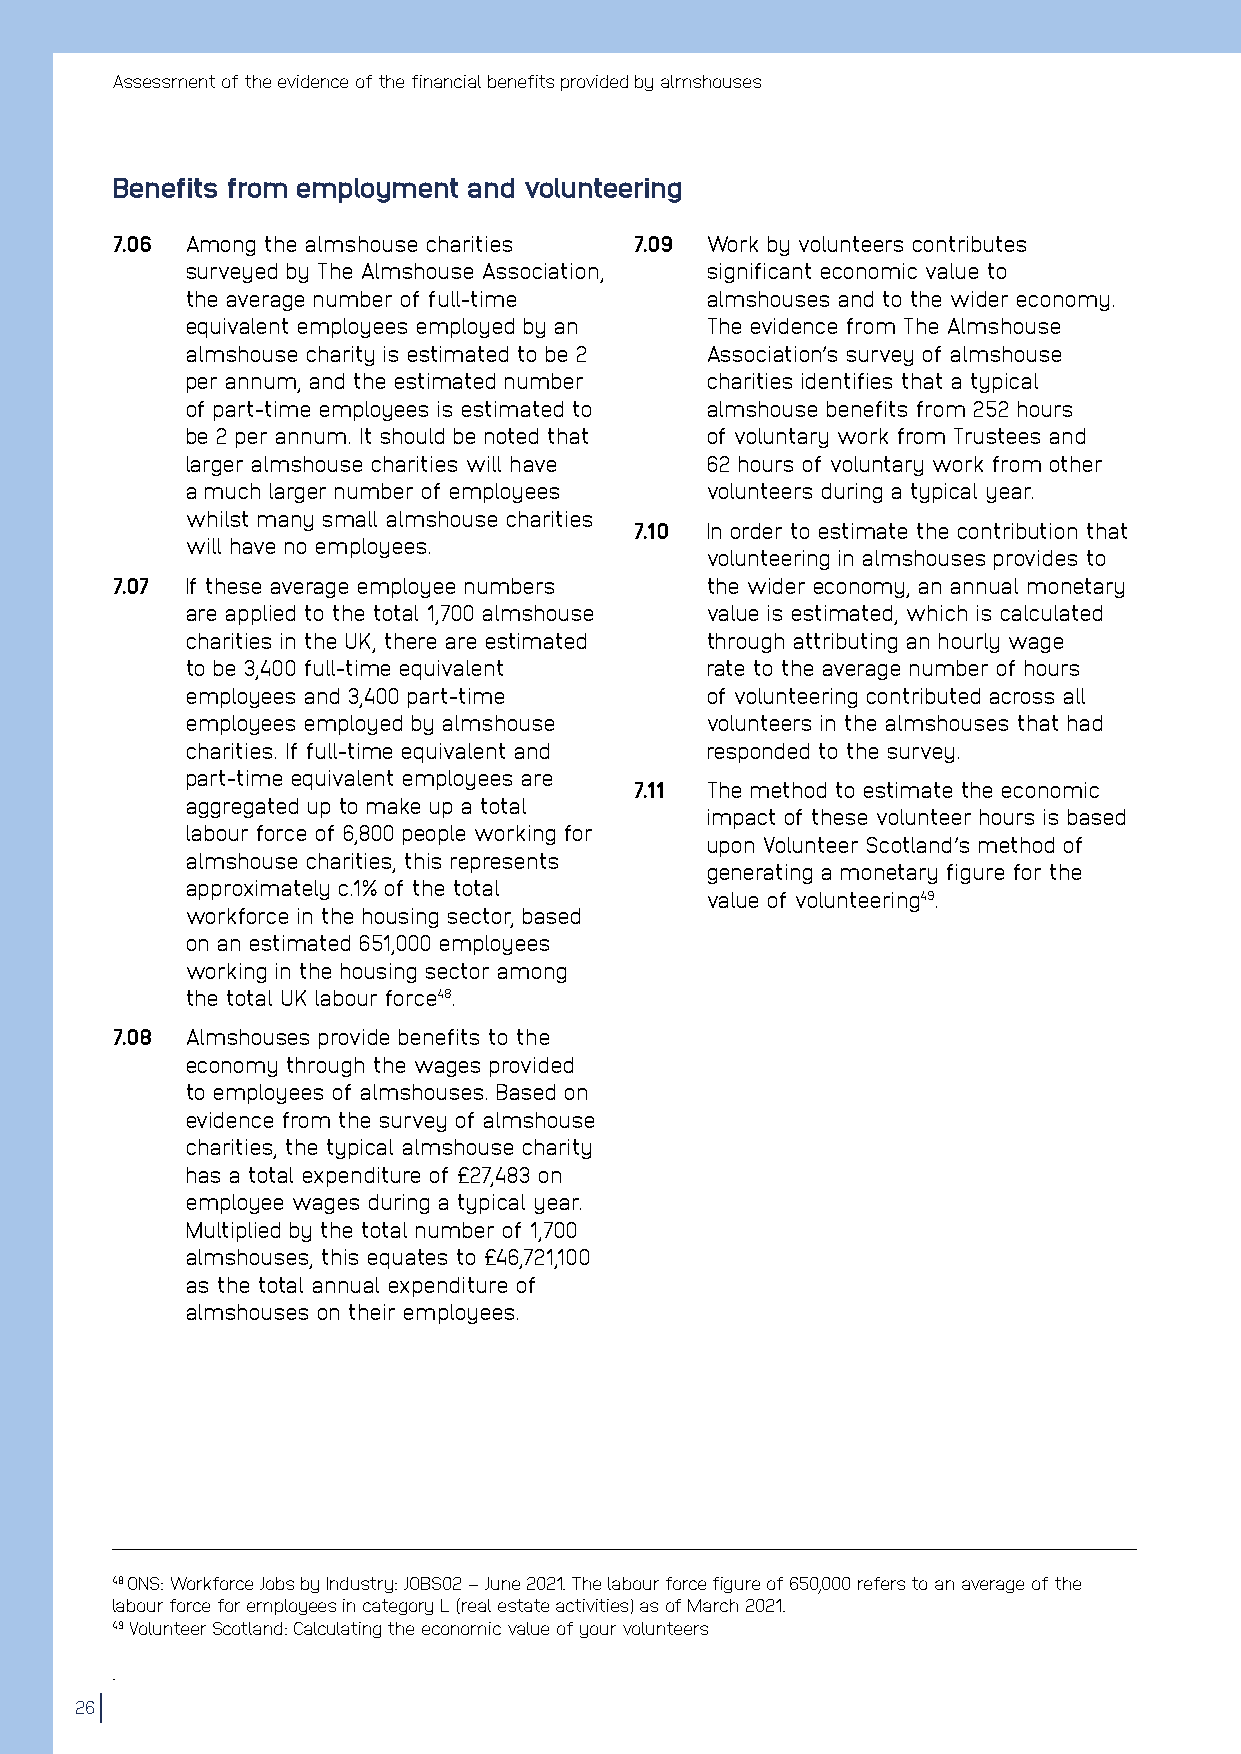
Assessment of the evidence of the financial benefits provided by almshouses
 Benefits from employment and volunteering
 7.06 Among the almshouse charities 7.09 Work by volunteers contributes
 surveyed by The Almshouse Association, significant economic value to
 the average number of full-time    almshouses and to the wider economy.
 equivalent employees employed by an The evidence from The Almshouse
 almshouse charity is estimated to be 2 Association’s survey of almshouse
 per annum, and the estimated number charities identifies that a typical
 of part-time employees is estimated to almshouse benefits from 252 hours
 be 2 per annum. It should be noted that of voluntary work from Trustees and
 larger almshouse charities will have 62 hours of voluntary work from other
 a much larger number of employees  volunteers during a typical year.
 whilst many small almshouse charities
 7.10 In order to estimate the contribution that
 will have no employees.
 volunteering in almshouses provides to
 7.07 If these average employee numbers  the wider economy, an annual monetary
 are applied to the total 1,700 almshouse value is estimated, which is calculated
 charities in the UK, there are estimated through attributing an hourly wage
 to be 3,400 full-time equivalent   rate to the average number of hours
 employees and 3,400 part-time      of volunteering contributed across all
 employees employed by almshouse    volunteers in the almshouses that had
 charities. If full-time equivalent and responded to the survey.
 part-time equivalent employees are
 7.11 The method to estimate the economic
 aggregated up to make up a total
 impact of these volunteer hours is based
 labour force of 6,800 people working for
 upon Volunteer Scotland’s method of
 almshouse charities, this represents
 generating a monetary figure for the
 approximately c.1% of the total
 value of volunteering49.
 workforce in the housing sector, based
 on an estimated 651,000 employees
 working in the housing sector among
 the total UK labour force48.
 7.08 Almshouses provide benefits to the
 economy through the wages provided
 to employees of almshouses. Based on
 evidence from the survey of almshouse
 charities, the typical almshouse charity
 has a total expenditure of £27,483 on
 employee wages during a typical year.
 Multiplied by the total number of 1,700
 almshouses, this equates to £46,721,100
 as the total annual expenditure of
 almshouses on their employees.
 48 ONS: Workforce Jobs by Industry: JOBS02 – June 2021. The labour force figure of 650,000 refers to an average of the
 labour force for employees in category L (real estate activities) as of March 2021.
 49 Volunteer Scotland: Calculating the economic value of your volunteers
 .
 26